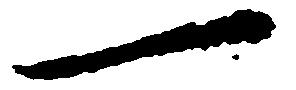
一